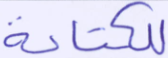
للكتابة